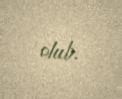
olub.